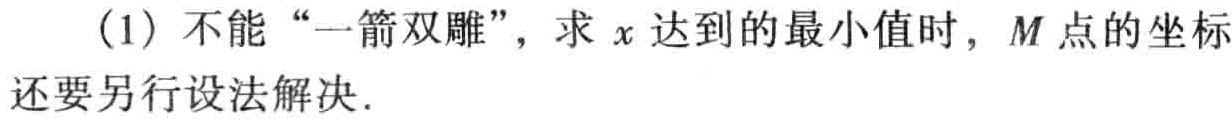
（1）不能 “一箭双雕”，求 \(x\) 达到的最小值时，\(M\) 点的坐标还要另行设法解决．